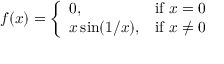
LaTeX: f ( x ) = { \left\{ \begin{array} { l l } { 0 , } & { { \mathrm { i f ~ } } x = 0 } \\ { x \sin ( 1 / x ) , } & { { \mathrm { i f ~ } } x \neq 0 } \end{array} \right. }